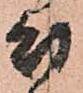
幼